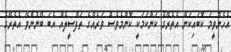
އެހެންވީމަ ކޮބައިކަން އެތެރޭގެ ކަންކަމަކީ ކޮންމެވެސް ވަރެއްގެ ތަފްސީލެއް އެބަ ބޭނުންވޭ އެތެރޭގެ